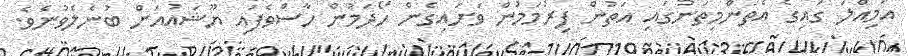
އަމިއްލަ ގައިގެ އެތަންމިތަނުގައި އަތުން ފިރުމަމުން ވަށައިގެން ހޯދަމުން ހާސްވެފައި ޔޫޝައުއަށް ބުނެލެވުނެވެ.